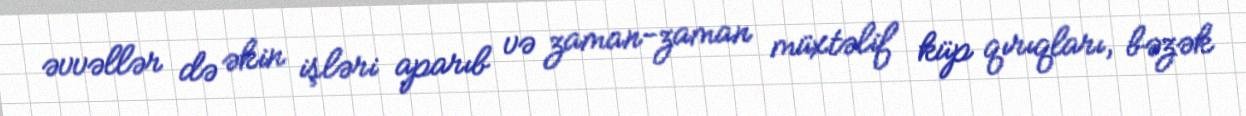
əvvəllər də əkin işləri aparıb və zaman-zaman müxtəlif küp qırıqları, bəzək